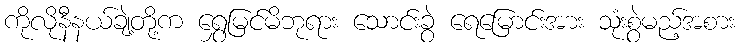
ကိုလိုနီနယ်ချဲ့တို့က ရွှေမြင်မိဘုရား သောင်းခွဲ ရေမြောင်းအား သုံးစွဲမည့်အစား